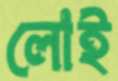
লোই